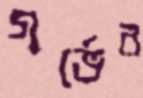
গর্ভের